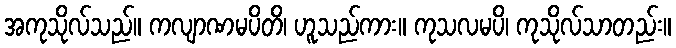
အကုသိုလ်သည်။ ကလျာဏမပိတိ၊ ဟူသည်ကား။ ကုသလမပိ၊ ကုသိုလ်သာတည်း။